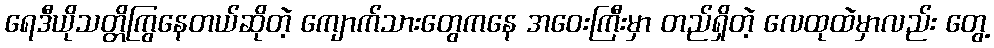
ရေဒီယိုသတ္တိကြွနေတယ်ဆိုတဲ့ ကျောက်သားတွေကနေ အဝေးကြီးမှာ တည်ရှိတဲ့ လေထုထဲမှာလည်း တွေ့